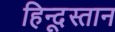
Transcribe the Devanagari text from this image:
हिन्दूस्तान